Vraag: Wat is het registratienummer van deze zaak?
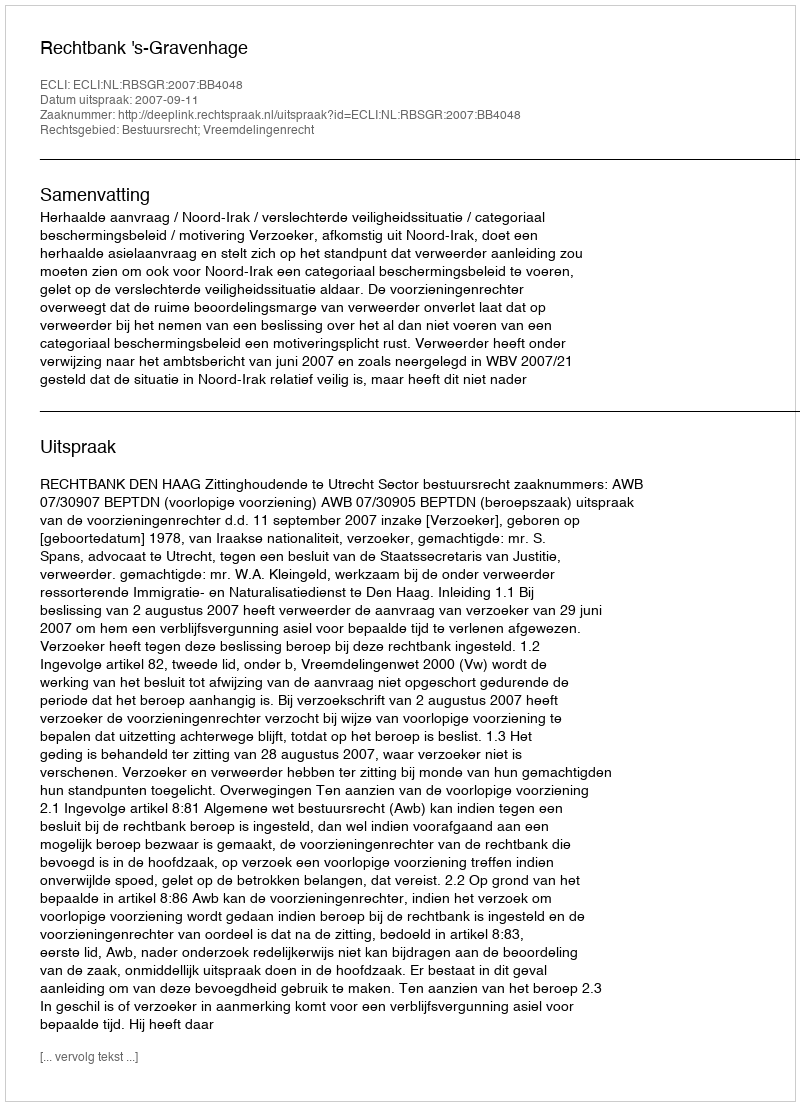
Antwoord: http://deeplink.rechtspraak.nl/uitspraak?id=ECLI:NL:RBSGR:2007:BB4048